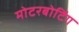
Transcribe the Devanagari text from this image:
मोटरबोटिंग